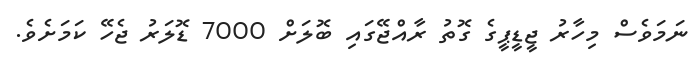
ނަމަވެސް މިހާރު ޖީޑީޕީގެ ގޮތު ރާއްޖޭގައި ބޮލަަށް 7000 ޑޮލަރު ޖެހޭ ކަމަށެވެ.